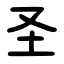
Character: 圣